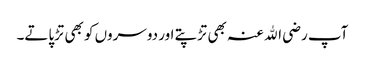
آپ رضی اﷲ عنہ بھی تڑپتے اور دوسروں کو بھی تڑپاتے۔